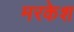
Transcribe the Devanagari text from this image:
मरकेश